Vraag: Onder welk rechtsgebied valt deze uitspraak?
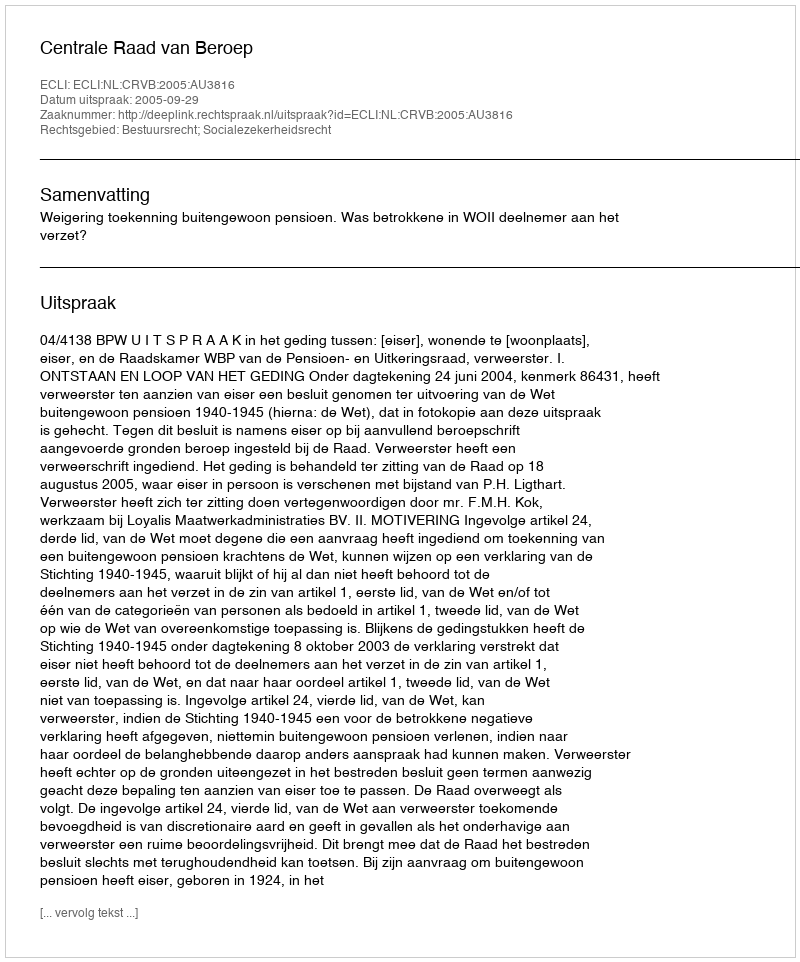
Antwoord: Bestuursrecht; Socialezekerheidsrecht